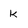
Character: k